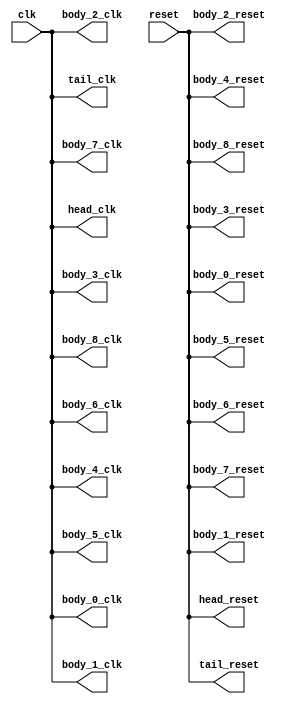
// ==================================================
// RTL generated by RapidStream
//
// Copyright 2024 RapidStream Design Automation, Inc.
// All Rights Reserved.
// ==================================================
`timescale 1 ns / 1 ps
module __rs___rs_ap_ctrl_pipeline_aux_split_aux_1 #(
    parameter HEAD_LEVEL      = 0,
    parameter BODY_LEVEL      = 2,
    parameter TAIL_LEVEL      = 0,
    parameter __HEAD_REGION   = "",
    parameter __BODY_0_REGION = "",
    parameter __BODY_1_REGION = "",
    parameter __BODY_2_REGION = "",
    parameter __BODY_3_REGION = "",
    parameter __BODY_4_REGION = "",
    parameter __BODY_5_REGION = "",
    parameter __BODY_6_REGION = "",
    parameter __BODY_7_REGION = "",
    parameter __BODY_8_REGION = "",
    parameter __TAIL_REGION   = "",
    parameter GRACE_PERIOD    = ( BODY_LEVEL + HEAD_LEVEL + TAIL_LEVEL ) * 2
) (
    output wire body_0_clk,
    output wire body_0_reset,
    output wire body_1_clk,
    output wire body_1_reset,
    output wire body_2_clk,
    output wire body_2_reset,
    output wire body_3_clk,
    output wire body_3_reset,
    output wire body_4_clk,
    output wire body_4_reset,
    output wire body_5_clk,
    output wire body_5_reset,
    output wire body_6_clk,
    output wire body_6_reset,
    output wire body_7_clk,
    output wire body_7_reset,
    output wire body_8_clk,
    output wire body_8_reset,
    input wire  clk,
    output wire head_clk,
    output wire head_reset,
    input wire  reset,
    output wire tail_clk,
    output wire tail_reset
);
assign body_0_clk = clk;
assign body_0_reset = reset;
assign body_1_clk = clk;
assign body_1_reset = reset;
assign body_2_clk = clk;
assign body_2_reset = reset;
assign body_3_clk = clk;
assign body_3_reset = reset;
assign body_4_clk = clk;
assign body_4_reset = reset;
assign body_5_clk = clk;
assign body_5_reset = reset;
assign body_6_clk = clk;
assign body_6_reset = reset;
assign body_7_clk = clk;
assign body_7_reset = reset;
assign body_8_clk = clk;
assign body_8_reset = reset;
assign head_clk = clk;
assign head_reset = reset;
assign tail_clk = clk;
assign tail_reset = reset;
endmodule